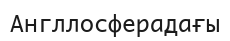
Англлосферадағы